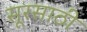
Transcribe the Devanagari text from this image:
सूरसाठी